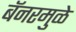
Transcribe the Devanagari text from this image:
बॅनरमुळे